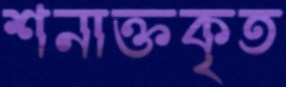
শনাক্তকৃত